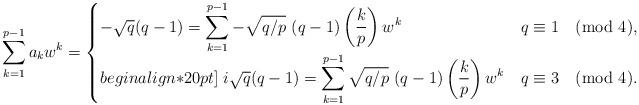
LaTeX: \begin{align*}\sum_{k=1}^{p-1}a_kw^k=\begin{cases}-\sqrt{q}(q-1)=\displaystyle\sum_{k =1}^{p-1}-\sqrt{q/p}\ (q-1)\left(\frac k p\right)w^{k} & q\equiv 1 \pmod 4,\\begin{align*}20pt]\;i\sqrt{q}(q-1)=\displaystyle\sum_{k =1}^{p-1}\sqrt{q/p}\ (q-1)\left(\frac k p\right)w^{k}& q\equiv 3 \pmod 4. \end{cases}\end{align*}